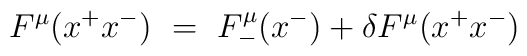
F^\mu(x^+ x^-) ~=~ F^\mu_- (x^-) + \delta F^\mu(x^+ x^-)